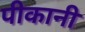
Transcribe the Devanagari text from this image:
पीकानी